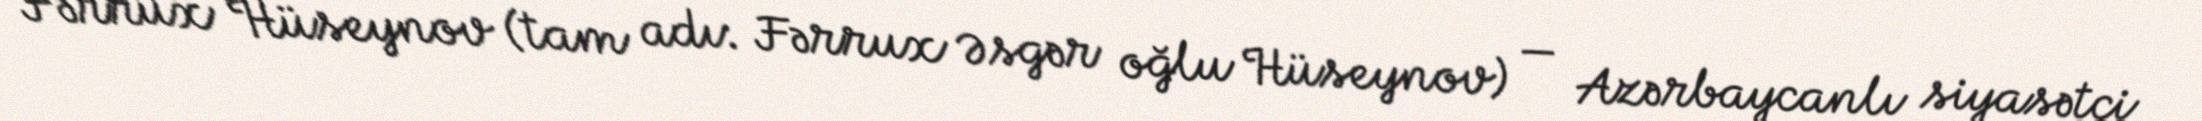
Fərrux Hüseynov (tam adı: Fərrux Əsgər oğlu Hüseynov) — Azərbaycanlı siyasətçi